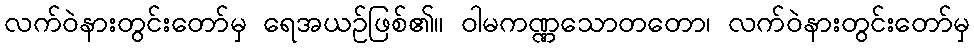
လက်ဝဲနားတွင်းတော်မှ ရေအယဉ်ဖြစ်၏။ ဝါမကဏ္ဏသောတတော၊ လက်ဝဲနားတွင်းတော်မှ